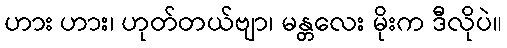
ဟား ဟား၊ ဟုတ်တယ်ဗျာ၊ မန္တလေး မိုးက ဒီလိုပဲ။